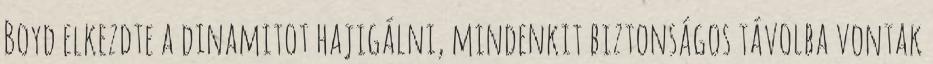
Boyd elkezdte a dinamitot hajigálni, mindenkit biztonságos távolba vontak